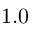
1 . 0